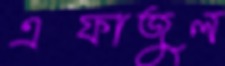
এফাজুল